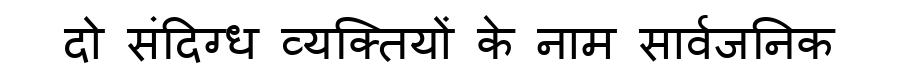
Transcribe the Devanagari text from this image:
दो संदिग्ध व्यक्तियों के नाम सार्वजनिक